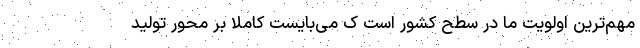
مهم‌ترین اولویت ما در سطح کشور است ک می‌بایست کاملا بر محور تولید